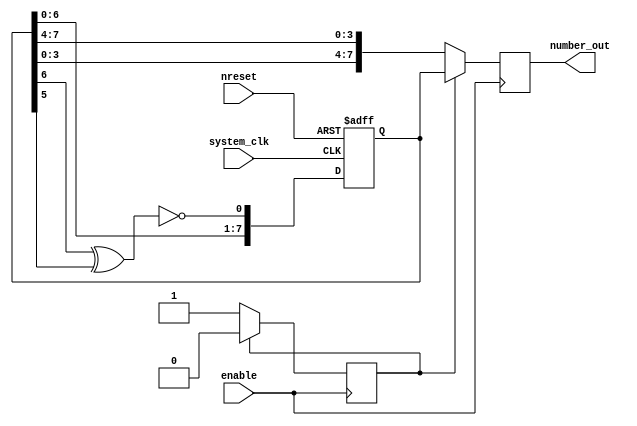
`default_nettype none
module t06_random_num_gen_wall_mode (
	enable,
	system_clk,
	nreset,
	number_out
);
	input wire enable;
	input wire system_clk;
	input wire nreset;
	output reg [7:0] number_out;
	reg [7:0] number;
	reg counter;
	reg counter_next;
	always @(posedge system_clk or negedge nreset)
		if (~nreset) begin
			number = 8'd2;
			counter_next = 0;
		end
		else begin
			number = {number[6:0], ~(number[6] ^ number[5])};
			counter_next = counter;
		end
	always @(posedge enable) begin
		counter <= counter_next;
		if (counter) begin
			number_out <= number;
			counter <= 0;
		end
		else begin
			number_out <= {number[3:0], number[7:4]};
			counter <= 1;
		end
	end
endmodule